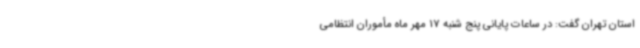
استان تهران گفت: در ساعات پایانی پنج شنبه 17 مهر ماه مأموران انتظامی